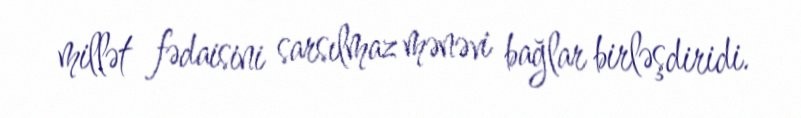
millət fədaisini sarsılmaz mənəvi bağlar birləşdiridi.